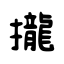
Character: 攏